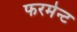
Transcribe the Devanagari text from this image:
फरमेन्ट